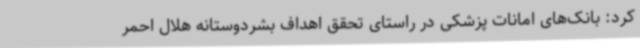
کرد: بانک‌های امانات پزشکی در راستای تحقق اهداف بشردوستانه هلال احمر